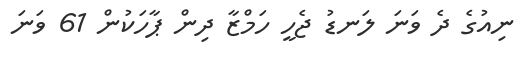
ނިއުގެ ދެ ވަނަ ލަނޑު ޖެހީ ހަމްޒާ ދިން ޕާހަކުން 61 ވަނަ